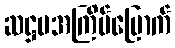
ဆဋ္ဌမအကြိမ်မြောက်